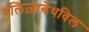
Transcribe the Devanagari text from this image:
एलिज़ाबेथविल